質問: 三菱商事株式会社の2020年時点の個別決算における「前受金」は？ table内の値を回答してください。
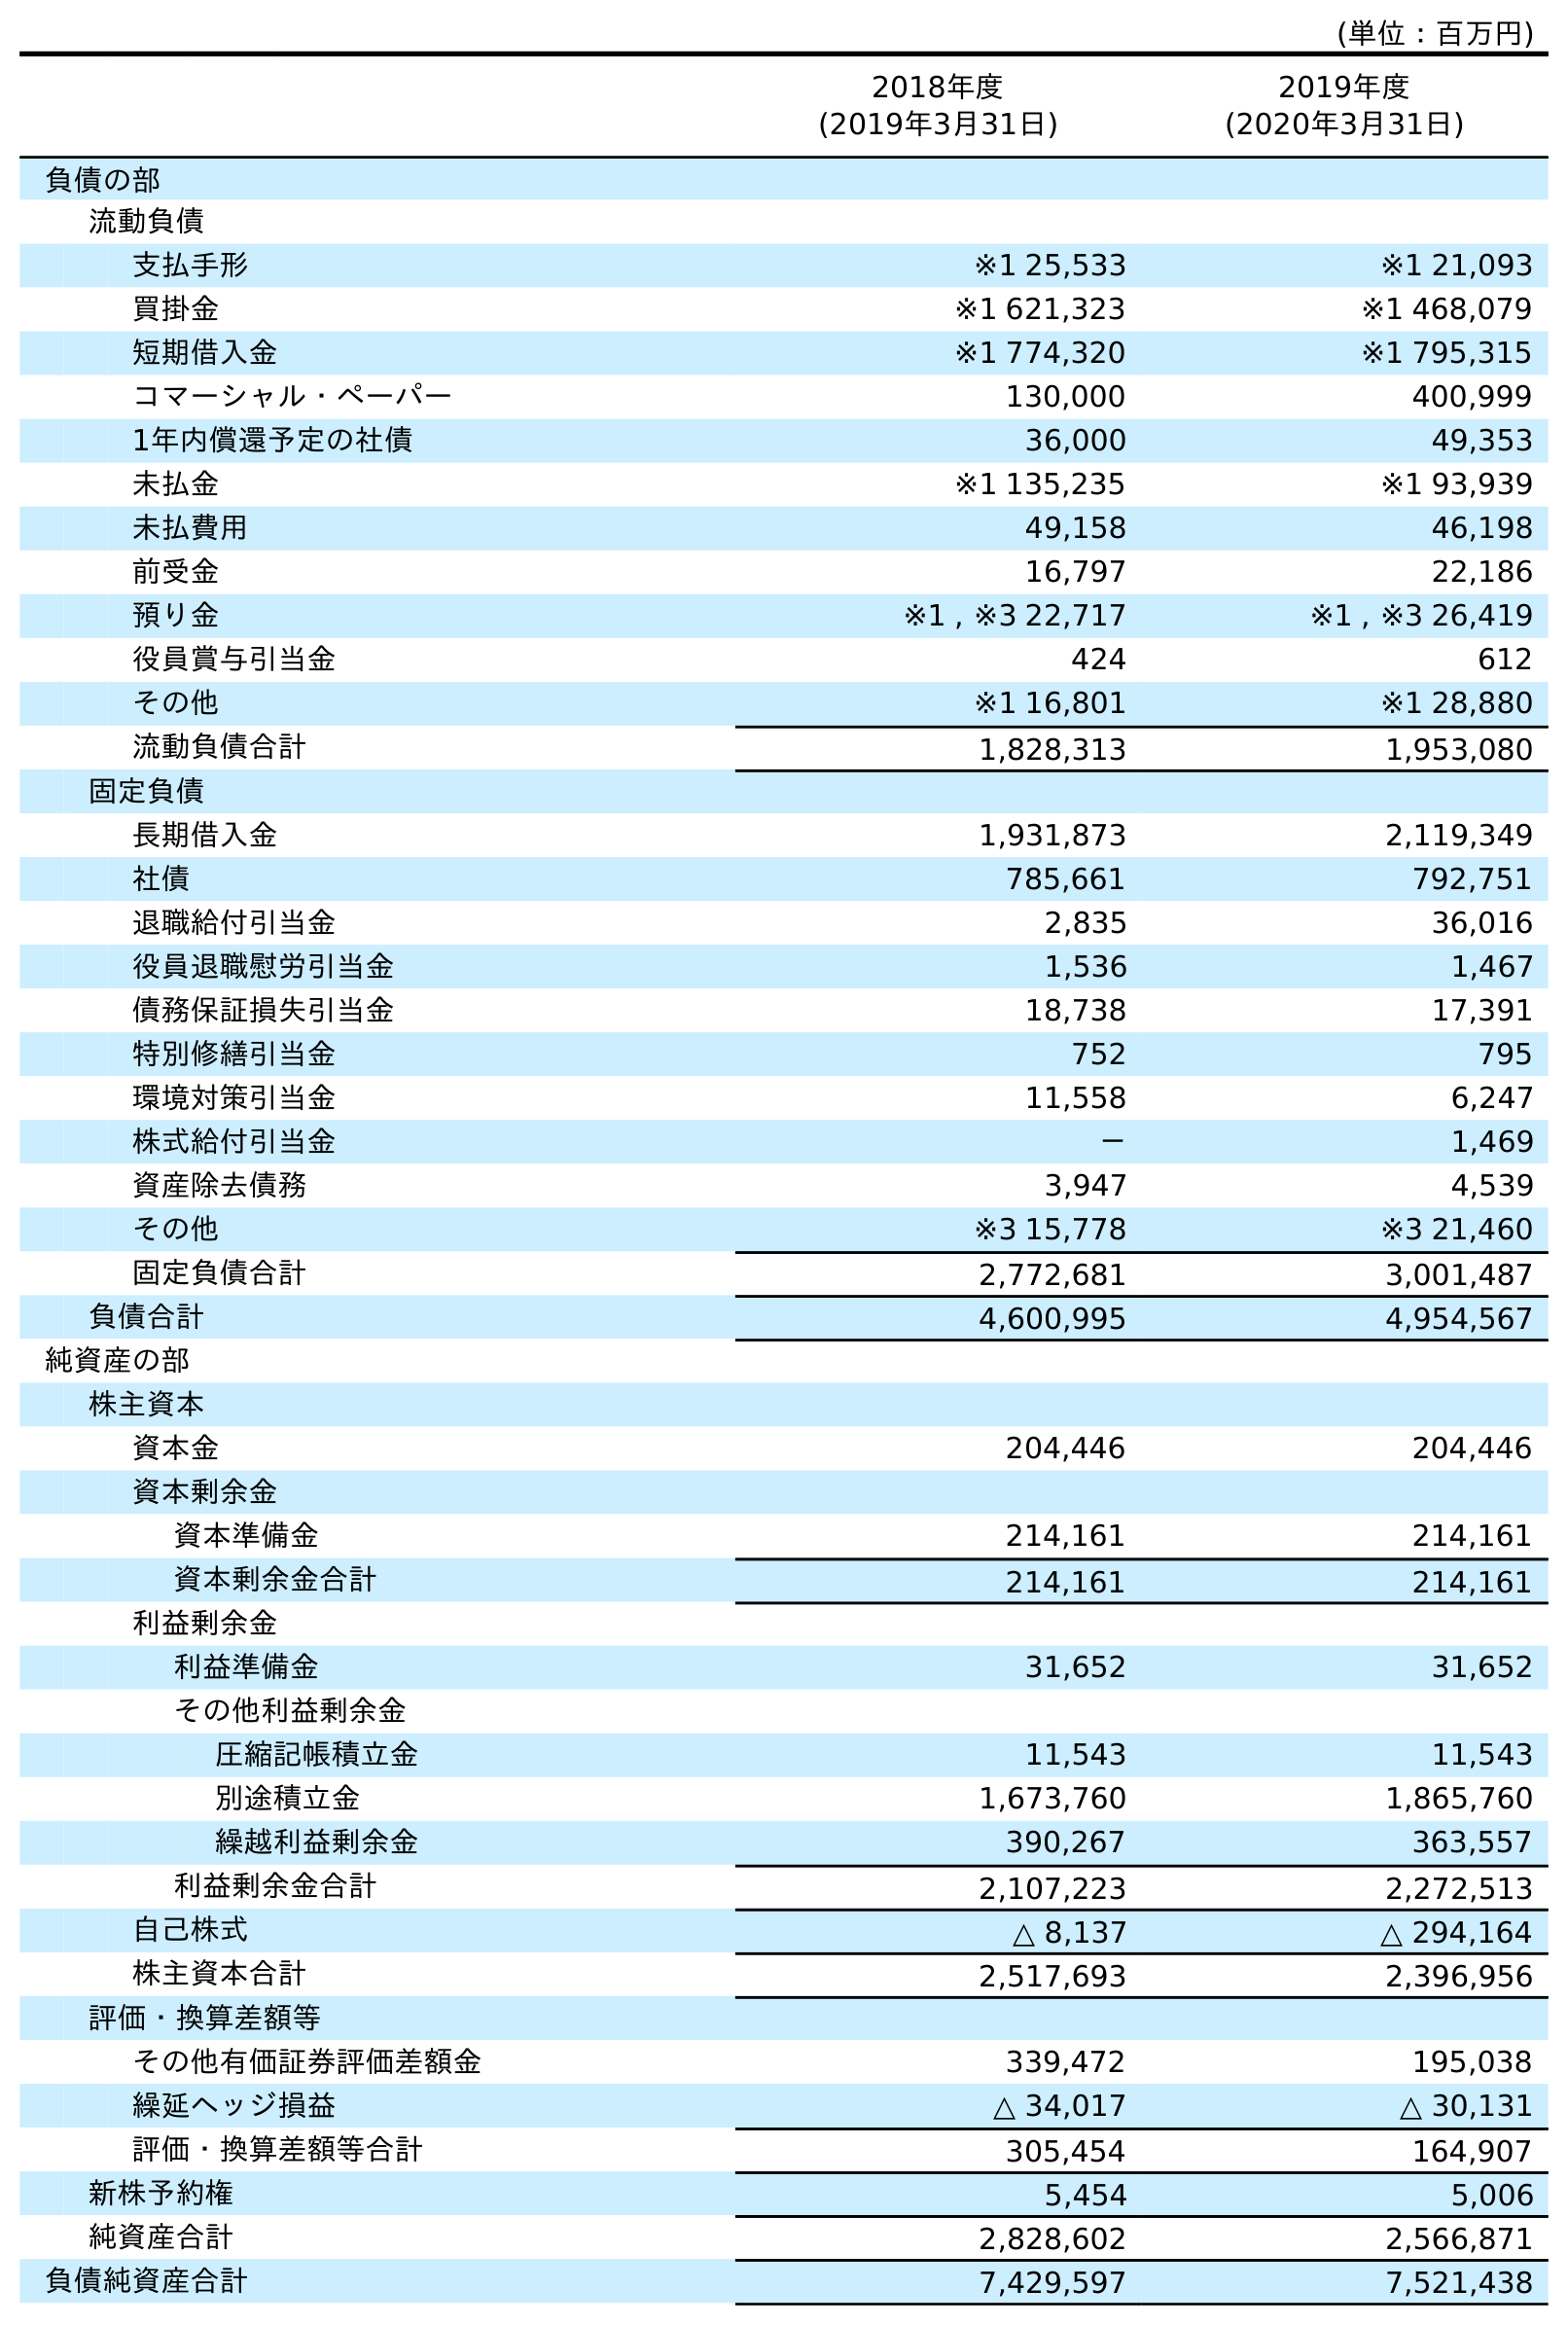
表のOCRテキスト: (単位：百万円) 2018年度 (2019年3月31日) 2019年度 (2020年3月31日) 負債の部 流動負債 支払手形 ※1 25,533 ※1 21,093 買掛金 ※1 621,323 ※1 468,079 短期借入金 ※1 774,320 ※1 795,315 コマーシャル・ペーパー 130,000 400,999 1年内償還予定の社債 36,000 49,353 未払金 ※1 135,235 ※1 93,939 未払費用 49,158 46,198 前受金 16,797 22,186 預り金 ※1 , ※3 22,717 ※1 , ※3 26,419 役員賞与引当金 424 612 その他 ※1 16,801 ※1 28,880 流動負債合計 1,828,313 1,953,080 固定負債 長期借入金 1,931,873 2,119,349 社債 785,661 792,751 退職給付引当金 2,835 36,016 役員退職慰労引当金 1,536 1,467 債務保証損失引当金 18,738 17,391 特別修繕引当金 752 795 環境対策引当金 11,558 6,247 株式給付引当金 － 1,469 資産除去債務 3,947 4,539 その他 ※3 15,778 ※3 21,460 固定負債合計 2,772,681 3,001,487 負債合計 4,600,995 4,954,567 純資産の部 株主資本 資本金 204,446 204,446 資本剰余金 資本準備金 214,161 214,161 資本剰余金合計 214,161 214,161 利益剰余金 利益準備金 31,652 31,652 その他利益剰余金 圧縮記帳積立金 11,543 11,543 別途積立金 1,673,760 1,865,760 繰越利益剰余金 390,267 363,557 利益剰余金合計 2,107,223 2,272,513 自己株式 △ 8,137 △ 294,164 株主資本合計 2,517,693 2,396,956 評価・換算差額等 その他有価証券評価差額金 339,472 195,038 繰延ヘッジ損益 △ 34,017 △ 30,131 評価・換算差額等合計 305,454 164,907 新株予約権 5,454 5,006 純資産合計 2,828,602 2,566,871 負債純資産合計 7,429,597 7,521,438
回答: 22,186